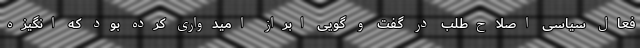
فعال سیاسی اصلاح‌طلب در گفت و گویی ابراز امیدواری کرده بود که انگیزه